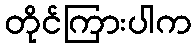
တိုင်ကြားပါက